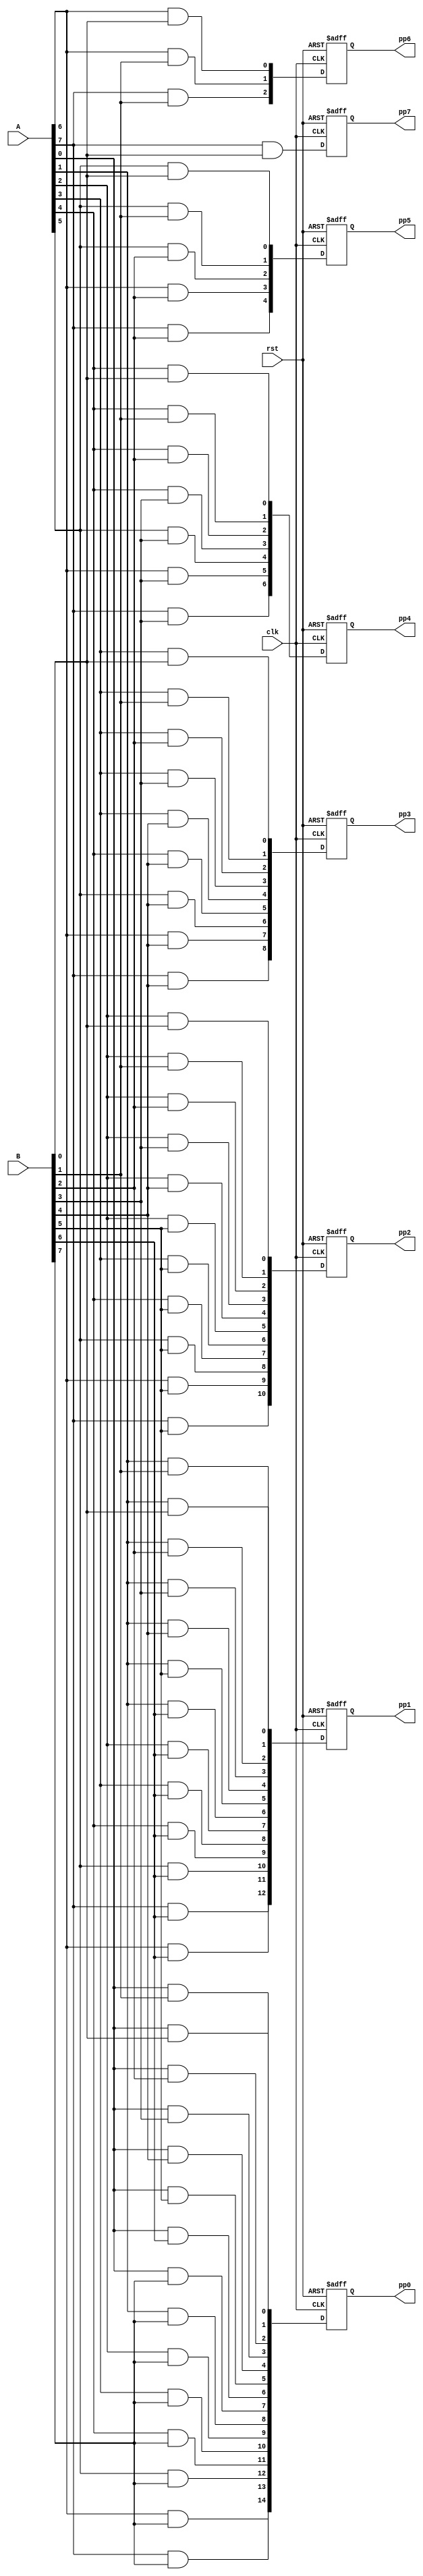
module ppgen_loop( 
                   input             clk,rst,
                   input       [7:0] A,B,
                   output reg [14:0] pp0, 
                   output reg [12:0] pp1,
                   output reg [10:0] pp2, 
                   output reg [8:0]  pp3,
                   output reg [6:0]  pp4,
                   output reg [4:0]  pp5,
                   output reg [2:0]  pp6,
                   output reg        pp7);


wire [7:0]  p0, p1, p2, p3, p4, p5, p6, p7;


 wire [7:0] AB [0:7];


   genvar i,j;
     generate
      for(j=0; j<8; j=j+1)
        begin : ab_bit
          for(i=0; i<8; i=i+1)
            begin : ab_row

              assign AB[i][j] = A[i] & B[j];
              
            end
        end 
     endgenerate
    
     assign p0 = AB[0][7:0] ;
     assign p1 = AB[1][7:0] ;
     assign p2 = AB[2][7:0] ;
     assign p3 = AB[3][7:0] ;
     assign p4 = AB[4][7:0] ;
     assign p5 = AB[5][7:0] ;
     assign p6 = AB[6][7:0] ;
     assign p7 = AB[7][7:0] ;
     
     
  always@( posedge clk or posedge rst)
   begin  
     if (rst==1'b1)
      begin
        pp0 = 15'b0 ;
        pp1 = 13'b0 ;
        pp2 = 11'b0 ;
        pp3 = 9'b0 ;
        pp4 = 7'b0 ;
        pp5 = 5'b0 ;
        pp6 = 3'b0 ;
        pp7 = 1'b0 ;
      end
   else
      begin
    
       pp0 = {p7[7] , p6[7] , p5[7] , p4[7] , p3[7] , p2[7] , p1[7] , p0[7] , p0[6] , p0[5] , p0[4] , p0[3] , p0[2] , p0[1] , p0[0]};
       pp1 =        { p7[6] , p6[6] , p5[6] , p4[6] , p3[6] , p2[6] , p1[6] , p1[5] , p1[4] , p1[3] , p1[2] , p1[1] , p1[0] };
       pp2 =                { p7[5] , p6[5] , p5[5] , p4[5] , p3[5] , p2[5] , p2[4] , p2[3] , p2[2] , p2[1] , p2[0] };
       pp3 =                        { p7[4] , p6[4] , p5[4] , p4[4] , p3[4] , p3[3] , p3[2] , p3[1] , p3[0] };
       pp4 =                                { p7[3] , p6[3] , p5[3] , p4[3] , p4[2] , p4[1] , p4[0] };
       pp5 =                                        { p7[2] , p6[2] , p5[2] , p5[1] , p5[0] };
       pp6 =                                                { p7[1] , p6[1] , p6[0] }; 
       pp7 =                                                          p7[0];
 
   
     end
  end  
endmodule